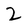
Character: 2